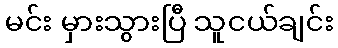
မင်း မှားသွားပြီ သူငယ်ချင်း